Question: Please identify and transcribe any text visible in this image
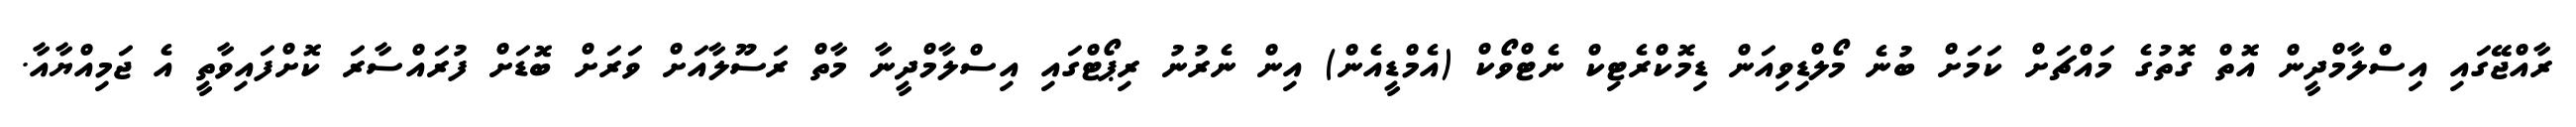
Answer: ރާއްޖޭގައި އިސްލާމްދީން އޮތް ގޮތުގެ މައްޗަށް ކަމަށް ބުނެ މޯލްޑިވިއަން ޑިމޮކްރެޓިކް ނެޓްވޯކް (އެމްޑީއެން) އިން ނެރުނު ރިޕޯޓްގައި އިސްލާމްދީނާ މާތް ރަސޫލާއަށް ވަރަށް ބޮޑަށް ފުރައްސާރަ ކޮށްފައިވާތީ އެ ޖަމިއްޔާއާ.